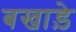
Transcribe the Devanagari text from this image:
बखाड़े